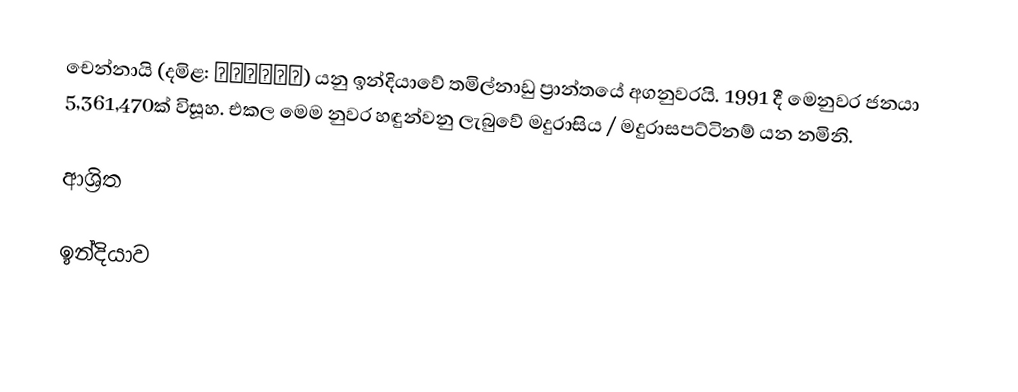
චෙන්නායි (දමිළ: சென்னை) යනු ඉන්දියාවේ තමිල්නාඩු ප්‍රාන්තයේ අගනුවරයි. 1991 දී මෙනුවර ජනයා 5,361,470ක් විසූහ. එකල මෙම නුවර හඳුන්වනු ලැබුවේ මදුරාසිය / මදුරාසපට්ටිනම් යන නමිනි.

ආශ්‍රිත

ඉන්දියාව